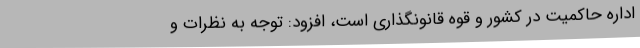
اداره حاکمیت در کشور و قوه قانونگذاری است، افزود: توجه به نظرات و